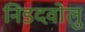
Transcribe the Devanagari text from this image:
निडदवोलु